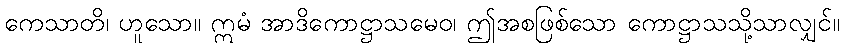
ကေသာတိ၊ ဟူသော။ ဣမံ အာဒိကောဋ္ဌာသမေဝ၊ ဤအစဖြစ်သော ကောဋ္ဌာသသို့သာလျှင်။